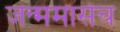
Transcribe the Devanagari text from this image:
जन्ममासेच